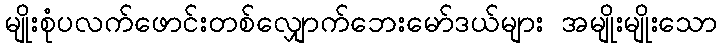
မျိုးစုံပလက်ဖောင်းတစ်လျှောက်ဘေးမော်ဒယ်များ အမျိုးမျိုးသော